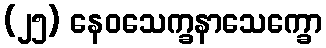
(၂၅) နေဝသေက္ခနာသေက္ခော